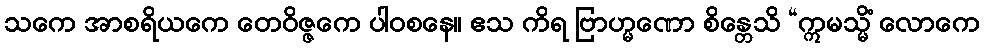
သကေ အာစရိယကေ တေဝိဇ္ဇကေ ပါဝစနေ။ ဧသ ကိရ ဗြာဟ္မဏော စိန္တေသိ “ဣမသ္မိံ လောကေ